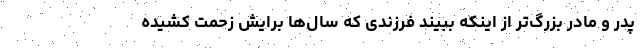
پدر و مادر بزرگ‌تر از اینکه ببیند فرزندی که سال‌ها برایش زحمت کشیده